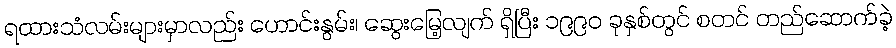
ရထားသံလမ်းများမှာလည်း ဟောင်းနွမ်း၊ ဆွေးမြေ့လျက် ရှိပြီး ၁၉၉၀ ခုနှစ်တွင် စတင် တည်ဆောက်ခဲ့